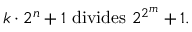
k \cdot 2 ^ { n } + 1 { \mathrm { ~ d i v i d e s ~ } } 2 ^ { 2 ^ { m } } + 1 .